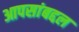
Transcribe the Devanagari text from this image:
आपसांबद्दल